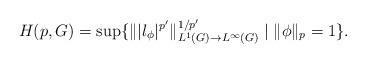
LaTeX: \begin{align*} H (p,G) = \sup \{ \| | l_\phi |^{p'} \|_{L^1 (G) \to L^\infty (G)}^{1/p'} \mid \| \phi \|_p = 1 \}. \end{align*}